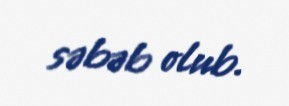
səbəb olub.